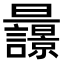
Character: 𣌚